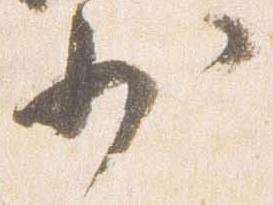
少